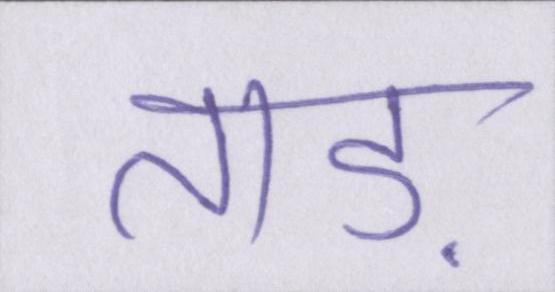
ताड़